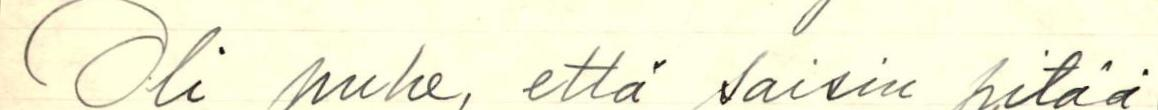
Oli puhe, että saisin pitää